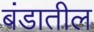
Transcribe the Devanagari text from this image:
बंडातील